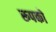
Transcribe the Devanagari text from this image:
रूपको